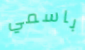
باسمي